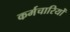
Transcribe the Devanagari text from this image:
कर्मचारियोँ